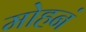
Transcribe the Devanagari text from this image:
मोहनं